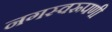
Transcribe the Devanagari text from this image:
नगस्वरूपणी